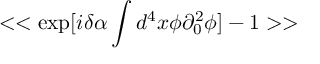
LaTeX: < < \exp [ i \delta \alpha \int d ^ { 4 } x \phi \partial _ { 0 } ^ { 2 } \phi ] - 1 > >